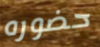
حضوره